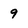
Character: 9